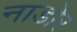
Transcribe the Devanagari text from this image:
नाडोर